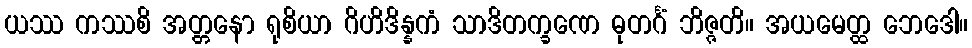
ယဿ ကဿစိ အတ္တနော ရုစိယာ ဂိဟိဒိန္နကံ သာဒိတက္ခဏေ ဓုတင်္ဂံ ဘိဇ္ဇတိ။ အယမေတ္ထ ဘေဒေါ။